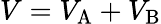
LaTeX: V=V_{\mathrm{{A}}}+V_{\mathrm{{B}}}